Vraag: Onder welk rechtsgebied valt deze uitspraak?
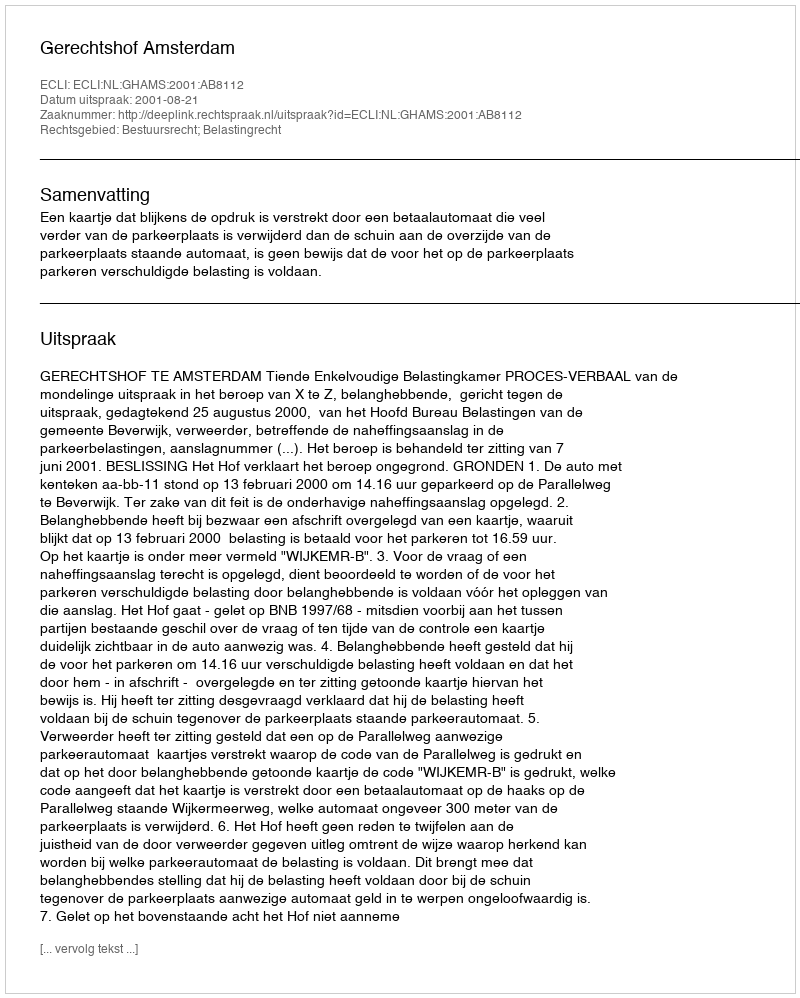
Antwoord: Bestuursrecht; Belastingrecht